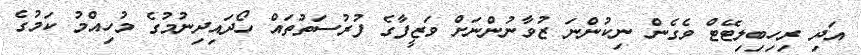
އަދި ރިހިބިލިޓޭޓް ވެގެން ނިކުންނަ ޒުވާނުންނަށް ވަޒީފާގެ ފުރުސަތުތައް ހޯދައިދިނުމުގެ މުހިއްމު ކަމުގެ